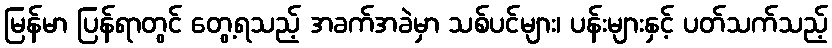
မြန်မာ ပြန်ရာတွင် တွေ့ရသည့် အခက်အခဲမှာ သစ်ပင်များ၊ ပန်းများနှင့် ပတ်သက်သည့်